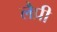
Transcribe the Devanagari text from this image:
लैप्री